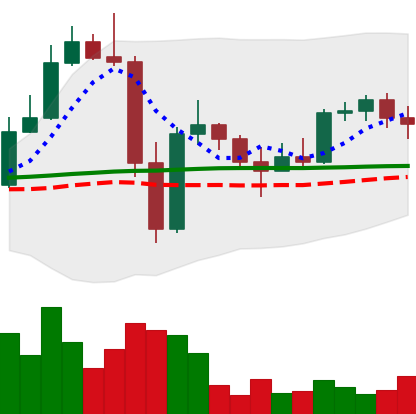
Ticker: LTC-USD
Chart end date: 2022-11-21
Forward return: 24.44%
Label: up_7plus